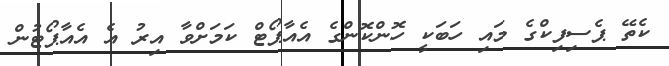
ކެތޭ ޕެސިފިކްގެ މައި ހަބަކީ ހޮންކޮންގެ އެއާޕޯޓް ކަމަށްވާ އިރު އެ އެއާޕޯޓުން